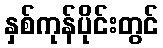
နှစ်ကုန်ပိုင်းတွင်